Scottish Certificate of Education, 1962
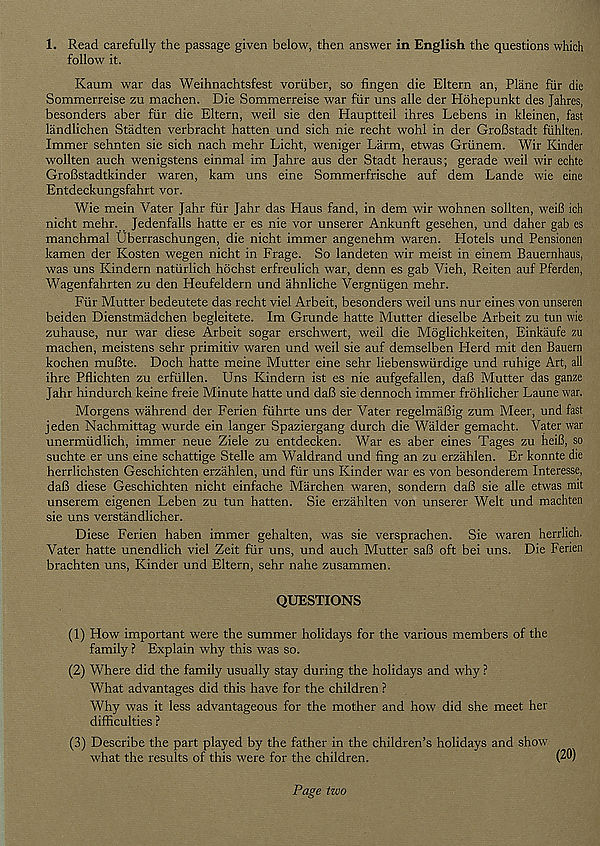
1. Read carefully the passage given below, then answer in English the questions which
follow it.
Kaum war das Weihnachtsfest voriiber, so fingen die Eltern an, Plane fiir die
Sommerreise zu machen. Die Sommerreise war fur uns alle der Plohepunkt des Jahres,
besonders aber fiir die Eltern, weil sie den Hauptteil ihres Lebens in kleinen, fast
landlichen Stadten verbracht batten und sich nie recht wohl in der GroBstadt fiihlten.
Immer sehnten sie sich nach mehr Licht, weniger Larm, etwas Griinem. Wir Kinder
wollten auch wenigstens einmal im Jahre aus der Stadt heraus; gerade weil wir echte
GroBstadtkinder waren, kam uns eine Sommerfrische auf dem Lande wie eine
Entdeckungsfahrt vor.
Wie mein Vater Jahr fur Jahr das Elaus fand, in dem wir wohnen sollten, weiB ich
nicht mehr. Jedenfalls hatte er es nie vor unserer Ankunft gesehen, und daher gab es
manchmal Uberraschungen, die nicht immer angenehm waren. Hotels und Pensionen
kamen der Kosten wegen nicht in Frage. So landeten war meist in einem Bauernhaus,
was uns Kindern natiirlich hochst erfreulich war, denn es gab Vieh, Reiten auf Pferden,
Wagenfahrten zu den Heufeldern und ahnliche Vergniigen mehr.
Fur Mutter bedeutete das recht viel Arbeit, besonders weil uns nur eines von unseren
beiden Dienstmadchen begleitete. Im Grunde hatte Mutter dieselbe Arbeit zu tun wie
zuhause, nur war diese Arbeit sogar erschwert, weil die Moglichkeiten, Einkaufe zu
machen, meistens sehr primitiv waren und weil sie auf demselben Elerd mit den Bauern
kochen muBte. Doch hatte meine Mutter eine sehr liebenswiirdige und ruhige Art, all
ihre Pflichten zu erfiillen. Uns Kindern ist es nie aufgefallen, daB Mutter das ganze
Jahr hindurch keine freie Minute hatte und daB sie dennoch immer frdhlicher Laune war.
Morgens wahrend der Ferien fiihrte uns der Vater regelmaBig zum Meer, und fast
jeden Nachmittag wurde ein langer Spaziergang durch die Walder gemacht. Vater war
unermiidlich, immer neue Ziele zu entdecken. War es aber eines Tages zu heiB, so
suchte er uns eine schattige Stelle am Waldrand und fing an zu erzahlen. Er konnte die
herrlichsten Geschichten erzahlen, und fiir uns Kinder war es von besonderem Interesse,
daB diese Geschichten nicht einfache Marchen waren, sondern daB sie alle etwas mit
unserem eigenen Leben zu tun batten. Sie erzahlten von unserer Welt und machten
sie uns verstandlicher.
Diese Ferien haben immer gehalten, was sie versprachen. Sie waren herrlich.
Vater hatte unendlich viel Zeit fiir uns, und auch Mutter saB oft bei uns. Die Ferien
brachten uns, Kinder und Eltern, sehr nahe zusammen.
QUESTIONS
(1) How important were the summer holidays for the various members of the
family ? Explain why this was so.
(2) Where did the family usually stay during the holidays and why ?
What advantages did this have for the children ?
Why was it less advantageous for the mother and how did she meet her
difficulties ?
(3) Describe the part played by the father in the children’s holidays and shorv
what the results of this were for the children.
(20)
Page two